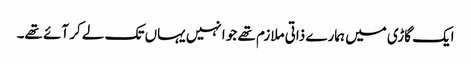
ایک گاڑی میں ہمارے ذاتی ملازم تھے جو انہیں یہاں تک لے کر آئے تھے۔